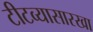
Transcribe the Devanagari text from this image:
टीटव्यासारखा